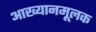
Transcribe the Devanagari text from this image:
आख्यानमूलक